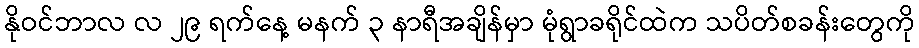
နိုဝင်ဘာလ လ ၂၉ ရက်နေ့ မနက် ၃ နာရီအချိန်မှာ မုံရွာခရိုင်ထဲက သပိတ်စခန်းတွေကို